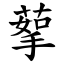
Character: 蒘